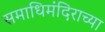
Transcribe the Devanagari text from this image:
समाधिमंदिराच्या